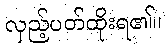
လှည့်ပတ်ထိုးရ၏။